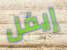
إيفل